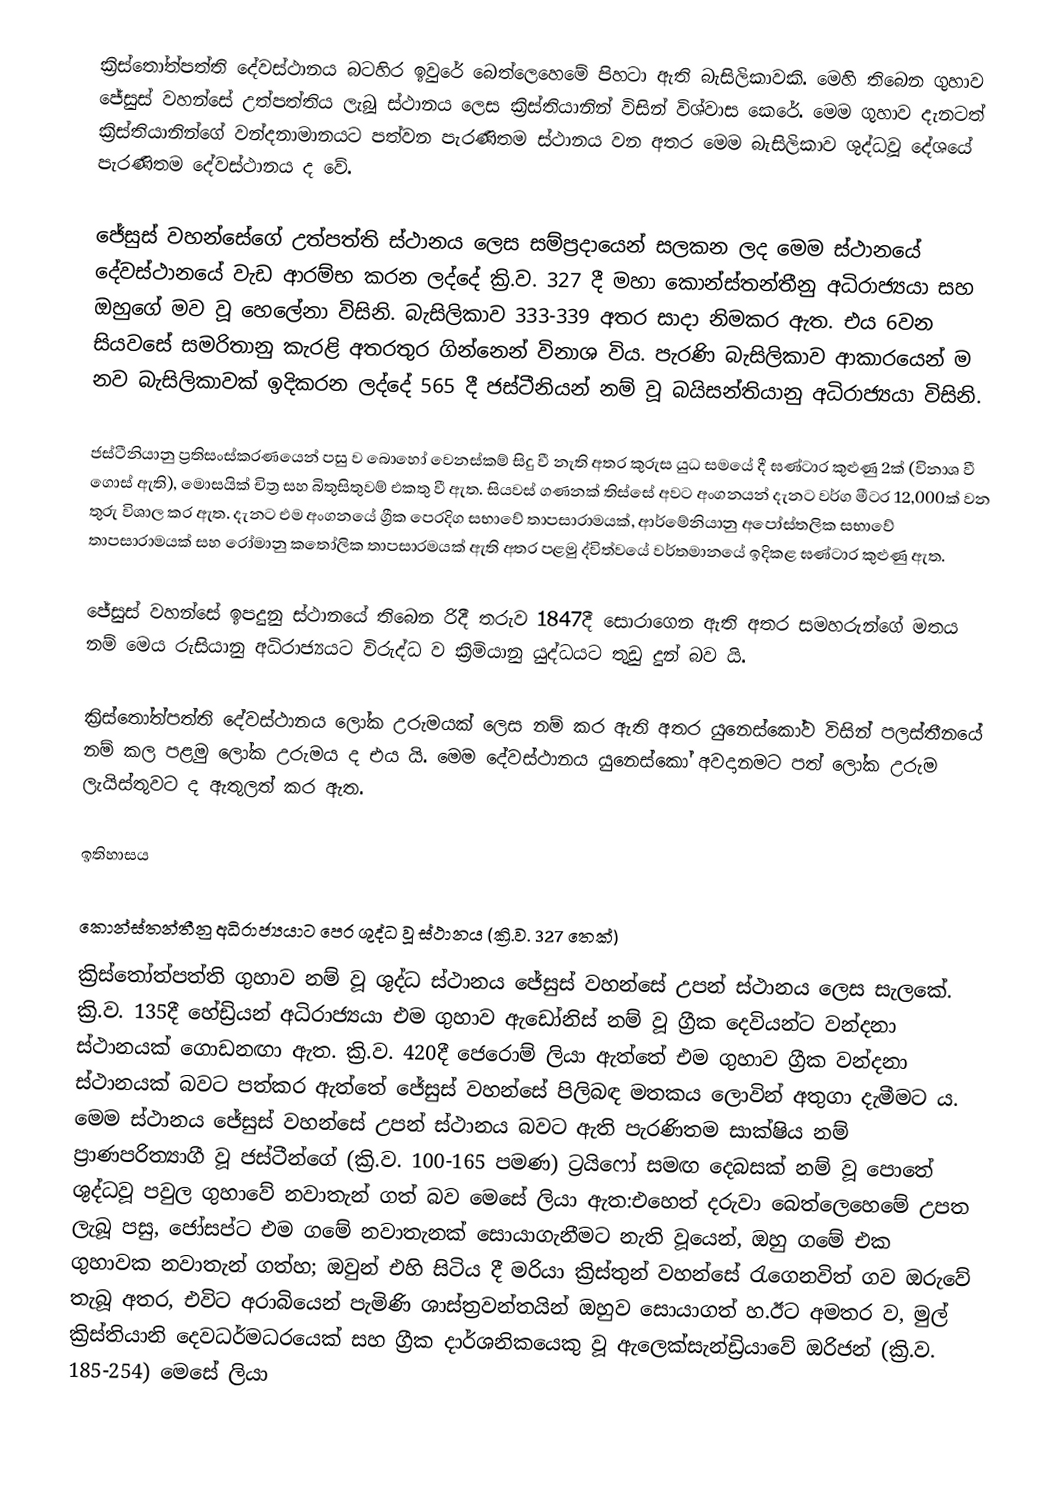
ක්‍රිස්තෝත්පත්ති දේවස්ථානය බටහිර ඉවුරේ බෙත්ලෙහෙමේ පිහටා ඇති බැසිලිකාවකි. මෙහි තිබෙන ගුහාව ජේසුස් වහන්සේ උත්පත්තිය ලැබූ ස්ථානය ලෙස ක්‍රිස්තියානින් විසින් විශ්වාස කෙරේ. මෙම ගුහාව දැනටත් ක්‍රිස්තියානින්ගේ වන්දනාමානයට පත්වන පැරණිතම ස්ථානය වන අතර මෙම බැසිලිකාව ශුද්ධවූ දේශයේ පැරණිතම දේවස්ථානය ද වේ.

ජේසුස් වහන්සේගේ උත්පත්ති ස්ථානය ලෙස සම්ප්‍රදායෙන් සලකන ලද මෙම ස්ථානයේ දේවස්ථානයේ වැඩ ආරම්භ කරන ලද්දේ ක්‍රි.ව. 327 දී මහා කොන්ස්තන්තීනු අධිරාජ්‍යයා සහ ඔහුගේ මව වූ හෙලේනා විසිනි. බැසිලිකාව 333-339 අතර සාදා නිමකර ඇත. එය 6වන සියවසේ සමරිතානු කැරළි අතරතුර ගින්නෙන් විනාශ විය. පැරණි බැසිලිකාව ආකාරයෙන් ම නව බැසිලිකාවක් ඉදිකරන ලද්දේ 565 දී ජස්ටීනියන් නම් වූ බයිසන්තියානු අධිරාජ්‍යයා විසිනි.

ජස්ටීනියානු ප්‍රතිසංස්කරණයෙන් පසු ව බොහෝ වෙනස්කම් සිදු වී නැති අතර කුරුස යුධ සමයේ දී ඝණ්ටාර කුළුණු 2ක් (විනාශ වී ගොස් ඇති), මොසයික් චිත්‍ර සහ බිතුසිතුවම් එකතු වී ඇත. සියවස් ගණනක් තිස්සේ අවට අංගනයන් දැනට වර්ග මීටර 12,000ක් වන තුරු විශාල කර ඇත. දැනට එම අංගනයේ ග්‍රීක පෙරදිග සභාවේ තාපසාරාමයක්, ආර්මේනියානු අපෝස්තලික සභාවේ තාපසාරාමයක් සහ රෝමානු කතෝලික තාපසාරමයක් ඇති අතර පළමු ද්විත්වයේ වර්තමානයේ ඉදිකළ ඝණ්ටාර කුළුණු ඇත.

ජේසුස් වහන්සේ ඉපදුනු ස්ථානයේ තිබෙන රිදී තරුව 1847දී සොරාගෙන ඇති අතර සමහරුන්ගේ මතය නම් මෙය රුසියානු අධිරාජ්‍යයට විරුද්ධ ව ක්‍රිමියානු යුද්ධයට තුඩු දුන් බව යි.

ක්‍රිස්තෝත්පත්ති දේවස්ථානය ලෝක උරුමයක් ලෙස නම් කර ඇති අතර යුනෙස්කෝව විසින් පලස්තීනයේ නම් කල පළමු ලෝක උරුමය ද එය යි. මෙම දේවස්ථානය යුනෙස්කෝ අවදානමට පත් ලෝක උරුම ලැයිස්තුවට ද ඇතුලත් කර ඇත.

ඉතිහාසය

කොන්ස්තන්තීනු අධිරාජ්‍යයාට පෙර ශුද්ධ වූ ස්ථානය (ක්‍රි.ව. 327 තෙක්)
ක්‍රිස්තෝත්පත්ති ගුහාව නම් වූ ශුද්ධ ස්ථානය ජේසුස් වහන්සේ උපන් ස්ථානය ලෙස සැලකේ. ක්‍රි.ව. 135දී හේඩ්‍රියන් අධිරාජ්‍යයා එම ගුහාව ඇඩෝනිස් නම් වූ ග්‍රීක දෙවියන්ට වන්දනා ස්ථානයක් ගොඩනඟා ඇත. ක්‍රි.ව. 420දී ජෙරොම් ලියා ඇත්තේ එම ගුහාව ග්‍රීක වන්දනා ස්ථානයක් බවට පත්කර ඇත්තේ ජේසුස් වහන්සේ පිලිබඳ මතකය ලොවින් අතුගා දැමීමට ය. මෙම ස්ථානය ජේසුස් වහන්සේ උපන් ස්ථානය බවට ඇති පැරණිතම සාක්ෂිය නම් ප්‍රාණපරිත්‍යාගී වූ ජස්ටීන්ගේ (ක්‍රි.ව. 100-165 පමණ) ට්‍රයිෆෝ සමඟ දෙබසක් නම් වූ පොතේ ශුද්ධවූ පවුල ගුහාවේ නවාතැන් ගත් බව මෙසේ ලියා ඇත:එහෙත් දරුවා බෙත්ලෙහෙමේ උපත ලැබූ පසු, ජෝසප්ට එම ගමේ නවාතැනක් සොයාගැනීමට නැති වූයෙන්, ඔහු ගමේ එක ගුහාවක නවාතැන් ගත්හ; ඔවුන් එහි සිටිය දී මරියා ක්‍රිස්තුන් වහන්සේ රැගෙනවිත් ගව ඔරුවේ තැබූ අතර, එවිට අරාබියෙන් පැමිණි ශාස්ත්‍රවන්තයින් ඔහුව සොයාගත් හ.ඊට අමතර ව, මුල් ක්‍රිස්තියානි දෙවධර්මධරයෙක් සහ ග්‍රීක දාර්ශනිකයෙකු වූ ඇලෙක්සැන්ඩ්‍රියාවේ ඔරිජන් (ක්‍රි.ව. 185-254) මෙසේ ලියා